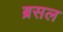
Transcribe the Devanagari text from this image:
ब्रसल